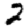
Digit: 2